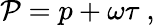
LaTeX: {\cal P}=p+\omega\tau\ ,